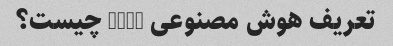
تعریف هوش مصنوعی (AI) چیست؟